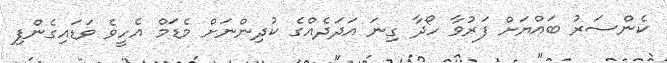
ކެންސަރު ބައްޔަށް ފަރުވާ ހޯދާ ގިނަ އަދަދެއްގެ ކުދިންނަށް މެޑަމް އެހީވެ ވަޑައިގެންފި